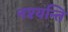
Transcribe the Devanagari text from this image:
नश्यन्ति